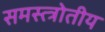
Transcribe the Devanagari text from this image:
समस्त्त्रोतीय